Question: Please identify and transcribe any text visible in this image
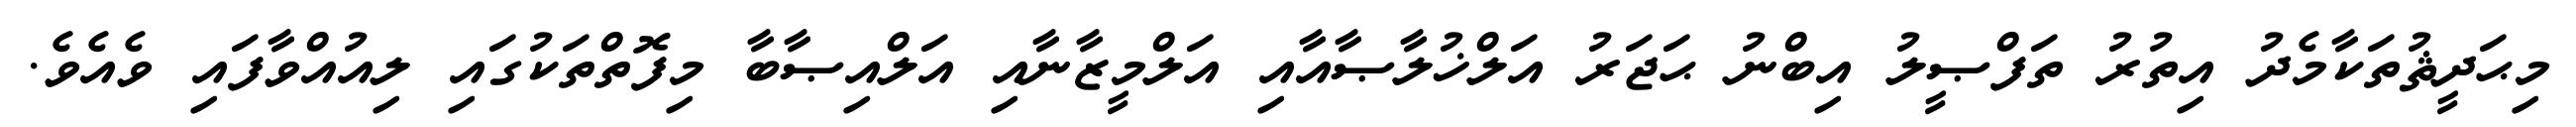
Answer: މިޙަދީޘުތަކާމެދު އިތުރު ތަފްޞީލު އިބްނު ޙަޖަރު އަލްޚުލާޞާއާއި އަލްމީޒާނާއި އަލްއިޞާބާ މިފޮތްތަކުގައި ލިއުއްވާފައި ވެއެވެ.